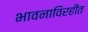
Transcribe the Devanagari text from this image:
भावनाविरहीत